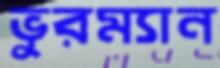
ভুরম্যান